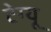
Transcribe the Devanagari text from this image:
टेग्यू